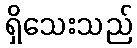
ရှိသေးသည်